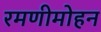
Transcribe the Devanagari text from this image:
रमणीमोहन